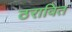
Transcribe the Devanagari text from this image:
ठरावित